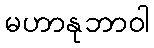
မဟာနုဘာဝါ